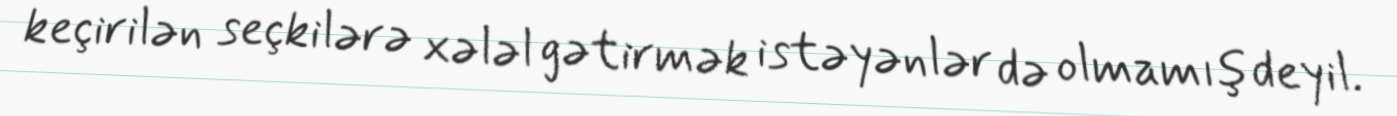
keçirilən seçkilərə xələl gətirmək istəyənlər də olmamış deyil.